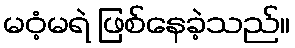
မဝံ့မရဲ ဖြစ်နေခဲ့သည်။